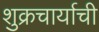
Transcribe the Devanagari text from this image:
शुक्रचार्याची